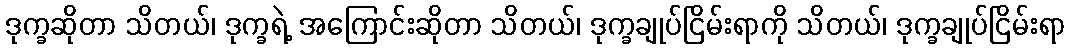
ဒုက္ခဆိုတာ သိတယ်၊ ဒုက္ခရဲ့ အကြောင်းဆိုတာ သိတယ်၊ ဒုက္ခချုပ်ငြိမ်းရာကို သိတယ်၊ ဒုက္ခချုပ်ငြိမ်းရာ